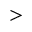
>